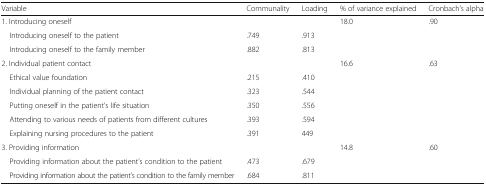
<table><thead><tr><td><b>Variable</b></td><td><b>Communality</b></td><td><b>Loading</b></td><td><b>% of variance explained</b></td><td><b>Cronbach’s alpha</b></td></tr></thead><tbody><tr><td>1. Introducing oneself</td><td></td><td></td><td>18.0</td><td>.90</td></tr><tr><td> Introducing oneself to the patient</td><td>.749</td><td>.913</td><td></td><td></td></tr><tr><td> Introducing oneself to the family member</td><td>.882</td><td>.813</td><td></td><td></td></tr><tr><td>2. Individual patient contact</td><td></td><td></td><td>16.6</td><td>.63</td></tr><tr><td> Ethical value foundation</td><td>.215</td><td>.410</td><td></td><td></td></tr><tr><td> Individual planning of the patient contact</td><td>.323</td><td>.544</td><td></td><td></td></tr><tr><td> Putting oneself in the patient’s life situation</td><td>.350</td><td>.556</td><td></td><td></td></tr><tr><td> Attending to various needs of patients from different cultures</td><td>.393</td><td>.594</td><td></td><td></td></tr><tr><td> Explaining nursing procedures to the patient</td><td>.391</td><td>449</td><td></td><td></td></tr><tr><td>3. Providing information</td><td></td><td></td><td>14.8</td><td>.60</td></tr><tr><td> Providing information about the patient’s condition to the patient</td><td>.473</td><td>.679</td><td></td><td></td></tr><tr><td> Providing information about the patient’s condition to the family member</td><td>.684</td><td>.811</td><td></td><td></td></tr></tbody></table>